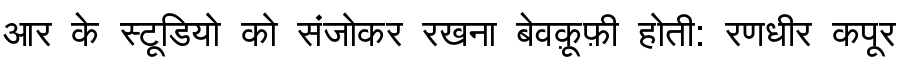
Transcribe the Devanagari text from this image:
आर के स्टूडियो को संजोकर रखना बेवक़ूफ़ी होती: रणधीर कपूर